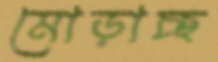
মোড়াচ্ছ